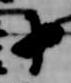
十